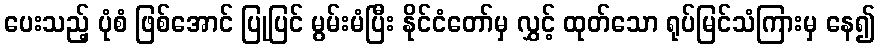
ပေးသည့် ပုံစံ ဖြစ်အောင် ပြုပြင် မွမ်းမံပြီး နိုင်ငံတော်မှ လွှင့် ထုတ်သော ရုပ်မြင်သံကြားမှ နေ၍